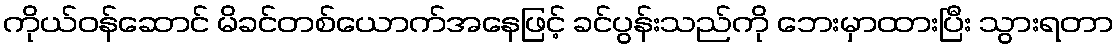
ကိုယ်ဝန်ဆောင် မိခင်တစ်ယောက်အနေဖြင့် ခင်ပွန်းသည်ကို ဘေးမှာထားပြီး သွားရတာ